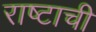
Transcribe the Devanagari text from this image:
राष्टाची